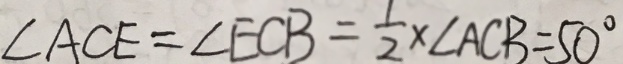
\angle A C E = \angle E C B = \frac { 1 } { 2 } \times \angle A C B = 5 0 ^ { \circ }